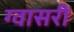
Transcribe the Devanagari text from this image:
ग्वासरी